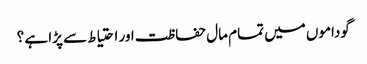
گوداموں میں تمام مال حفاظت اور احتیاط سے پڑا ہے ؟